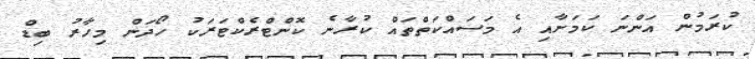
ކުރަމުން އަންނަ ކަމަށާއި އެ މަސައްކަތްތައް ކުރާނެ ކޮންޓްރެކްޓަރަކު ހޯދަން މިހާރު ބިޑް